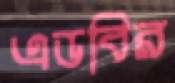
এডবির